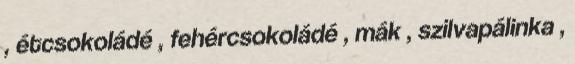
, étcsokoládé , fehércsokoládé , mák , szilvapálinka ,